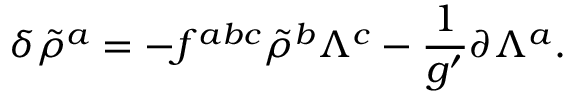
\delta \tilde { \rho } ^ { a } = - f ^ { a b c } \tilde { \rho } ^ { b } \Lambda ^ { c } - \frac { 1 } { g ^ { \prime } } \partial \Lambda ^ { a } .